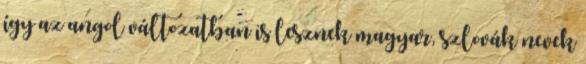
így az angol változatban is lesznek magyar, szlovák nevek